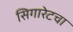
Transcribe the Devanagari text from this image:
सिगारेटचा